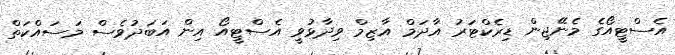
އެސްޓީއޯގެ މެނޭޖިން ޑިރެކްޓަރު އާދަމް އާޒިމް ވިދާޅުވީ އެސްޓީއޯ އިން އަބަދުވެސް މަސައްކަތް